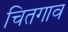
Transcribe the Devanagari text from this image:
चितगाव